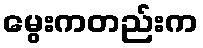
မွေးကတည်းက